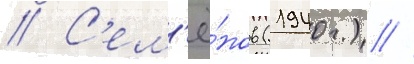
// С'ем'ё́нов (1940г.) /